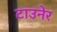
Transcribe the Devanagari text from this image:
टाउनेर